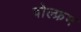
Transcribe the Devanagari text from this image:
वोल्फ्रम